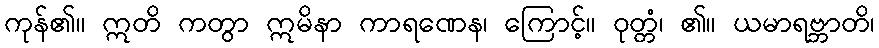
ကုန်၏။ ဣတိ ကတွာ ဣမိနာ ကာရဏေန၊ ကြောင့်။ ဝုတ္တံ၊ ၏။ ယမာရဗ္ဘာတိ၊